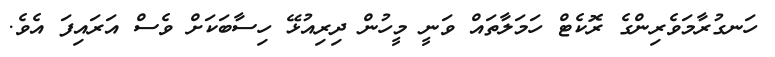
ހަނގުރާމަވެރިންގެ ރޮކެޓް ހަމަލާތައް ވަނީ މީހުން ދިރިއުޅޭ ހިސާބަކަށް ވެސް އަރައިފަ އެވެ.